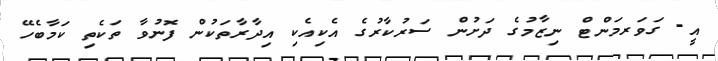
އީ- ގަވަރމަންޓް ނިޒާމުގެ ދަށުން ސަރުކާރުގެ އެކިއެކި އިދާރާތަކުން ފޮނުވާ ތަކެތި ކަމާބެހޭ